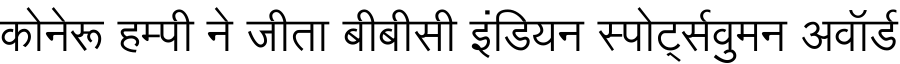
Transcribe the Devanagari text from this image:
कोनेरू हम्पी ने जीता बीबीसी इंडियन स्पोर्ट्सवुमन अवॉर्ड